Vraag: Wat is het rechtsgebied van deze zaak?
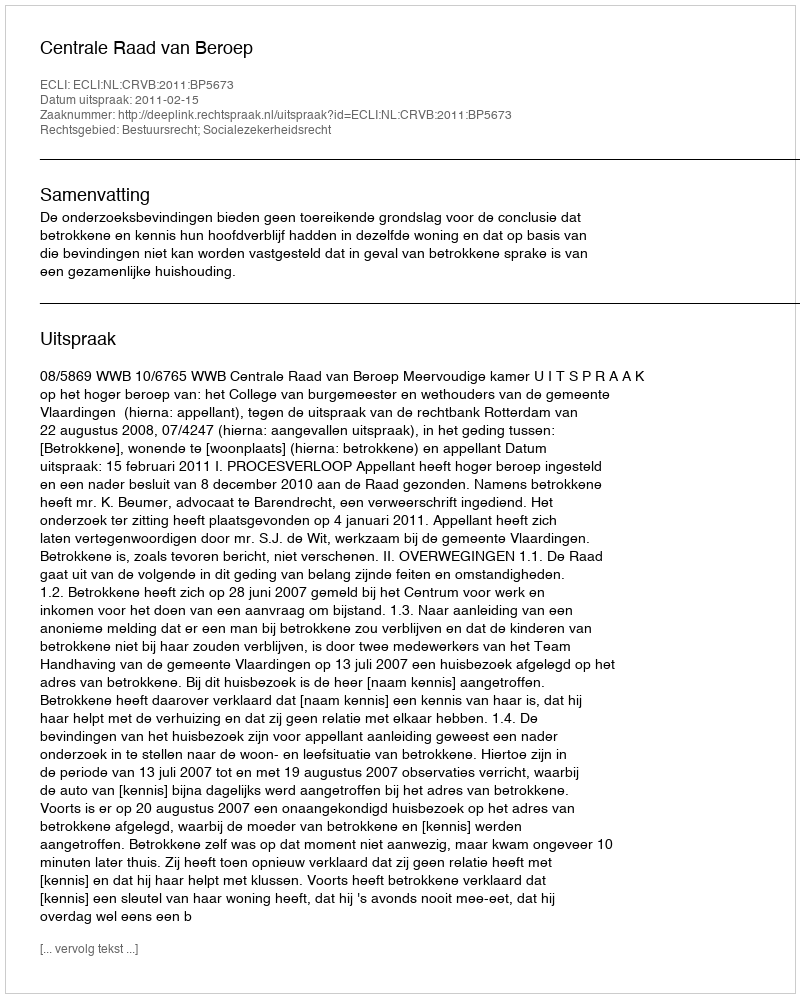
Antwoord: Bestuursrecht; Socialezekerheidsrecht